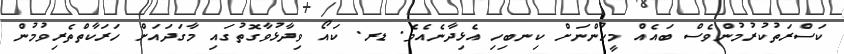
ކަސްރަތުކުރުމުންވެސް ބައެއް މީހުންނަށް ކިނބިހި އެޅިދާނެއެވެ. ޑރ. ކައޯ ވިދާޅުވާގޮތުގައި މާގަދައަށް ހަރަކާތްތެރިވުމުން